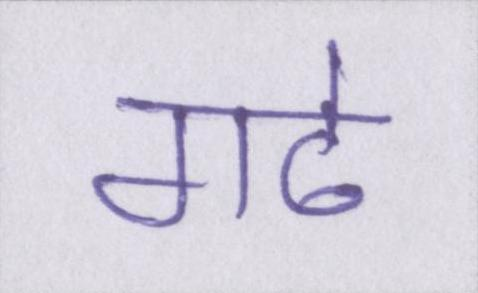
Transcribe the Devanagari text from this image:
गढे